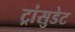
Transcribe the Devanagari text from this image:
ट्रांसुडेट